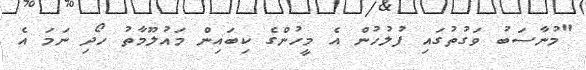
"މުނާސަބު ވަގުތުގައި ފުލުހުން އެ މީހުންގެ ކިބައިން މައުލޫމާތު ހޯދި ނަމަ އެ